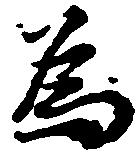
為